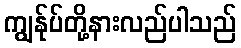
ကျွန်ုပ်တို့နားလည်ပါသည်